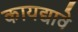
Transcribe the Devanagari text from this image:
कायद्यावे